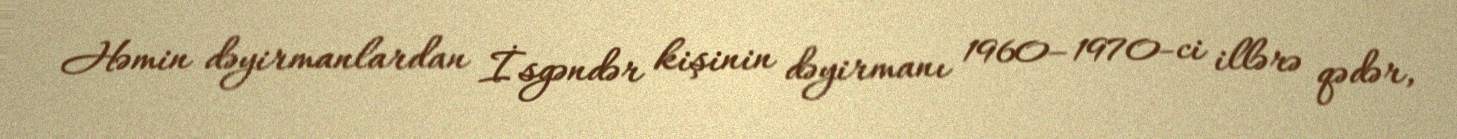
Həmin dəyirmanlardan İsgəndər kişinin dəyirmanı 1960–1970-ci illərə qədər,